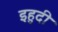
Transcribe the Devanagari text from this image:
इहुदी